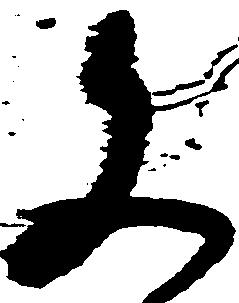
文